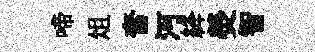
啼俎奮河絳熒智